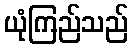
ယုံကြည်သည်